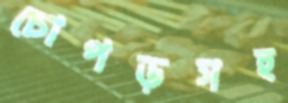
চোপড়সহ